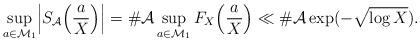
LaTeX: \begin{align*}\sup_{a\in\mathcal{M}_1}\Bigl|S_{\mathcal{A}}\Bigl(\frac{a}{X}\Bigr)\Bigr|=\#\mathcal{A}\sup_{a\in\mathcal{M}_1}F_X\Bigl(\frac{a}{X}\Bigr)\ll \#\mathcal{A}\exp(-\sqrt{\log{X}}).\end{align*}